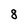
Character: 8